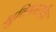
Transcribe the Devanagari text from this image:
श्रुतिमस्तकैः